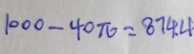
1 0 0 0 - 4 0 \pi = 8 7 4 . 4